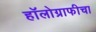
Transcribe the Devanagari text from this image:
हॉलोग्राफीचा